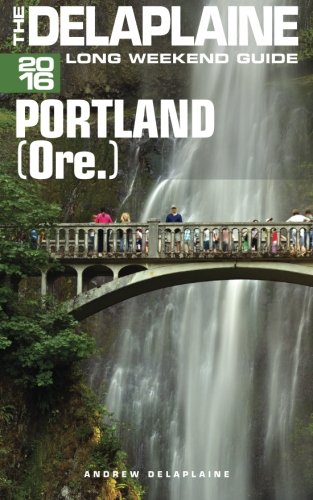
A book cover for PORTLAND (Ore.)- The Delaplaine 2016 Long Weekend Guide (Long Weekend Guides); Andrew Delaplaine; Travel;